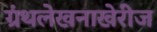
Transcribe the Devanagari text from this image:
ग्रंथलेखनाखेरीज